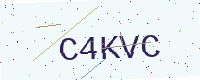
Text: C4KVC